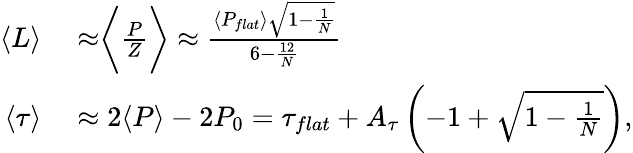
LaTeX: \begin{array}{rl}{\langle L\rangle}&{{}\approx\biggr\langle\frac{P}{Z}\biggr\rangle\approx\frac{\langle P_{flat}\rangle\sqrt{1-\frac{1}{N}}}{6-\frac{12}{N}}}\\ {\langle\tau\rangle}&{{}\approx 2\langle P\rangle-2P_{0}=\tau_{flat}+A_{\tau}\left(-1+\sqrt{1-\frac{1}{N}}\right),}\end{array}